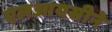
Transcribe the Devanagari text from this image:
एलआयसीने